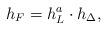
LaTeX: \begin{align*}h_{F}=h_{L}^{a}\cdot h_{\Delta}, \end{align*}